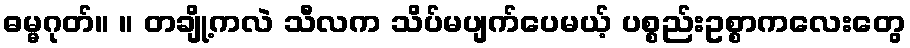
ဓမ္မဂုတ်။ ။ တချို့ကလဲ သီလက သိပ်မပျက်ပေမယ့် ပစ္စည်းဥစ္စာကလေးတွေ